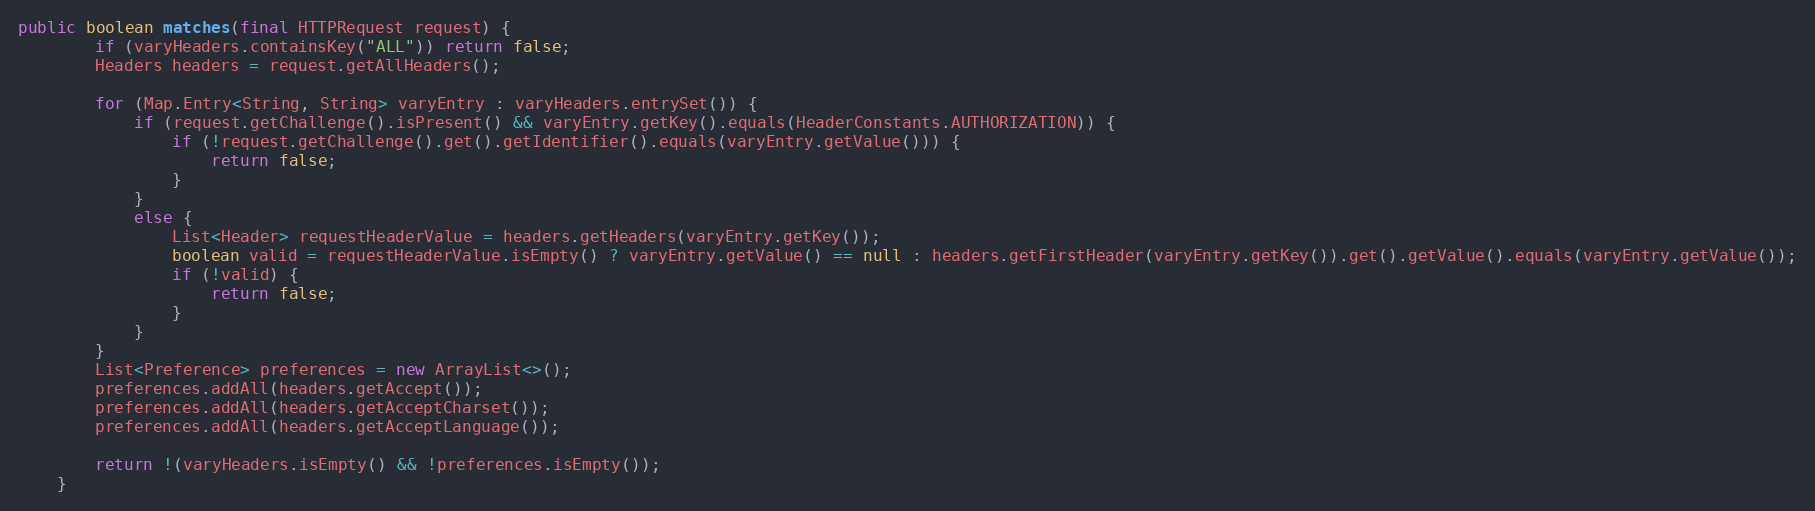
Language: Java
public boolean matches(final HTTPRequest request) {
        if (varyHeaders.containsKey("ALL")) return false;
        Headers headers = request.getAllHeaders();

        for (Map.Entry<String, String> varyEntry : varyHeaders.entrySet()) {
            if (request.getChallenge().isPresent() && varyEntry.getKey().equals(HeaderConstants.AUTHORIZATION)) {
                if (!request.getChallenge().get().getIdentifier().equals(varyEntry.getValue())) {
                    return false;
                }
            }
            else {
                List<Header> requestHeaderValue = headers.getHeaders(varyEntry.getKey());
                boolean valid = requestHeaderValue.isEmpty() ? varyEntry.getValue() == null : headers.getFirstHeader(varyEntry.getKey()).get().getValue().equals(varyEntry.getValue());
                if (!valid) {
                    return false;
                }
            }
        }
        List<Preference> preferences = new ArrayList<>();
        preferences.addAll(headers.getAccept());
        preferences.addAll(headers.getAcceptCharset());
        preferences.addAll(headers.getAcceptLanguage());

        return !(varyHeaders.isEmpty() && !preferences.isEmpty());
    }